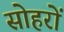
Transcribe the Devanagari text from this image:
सोहरों